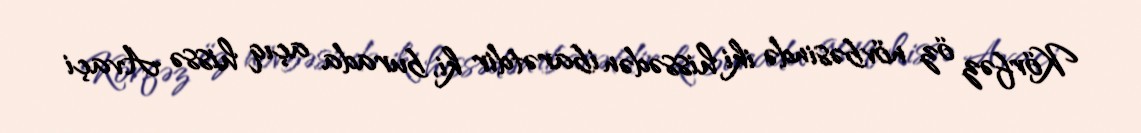
Körfəz öz növbəsində iki hissədən ibarətdir ki, burada açıq hissə Avaçi